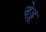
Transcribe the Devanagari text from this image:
वेड्ड